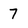
Character: 7